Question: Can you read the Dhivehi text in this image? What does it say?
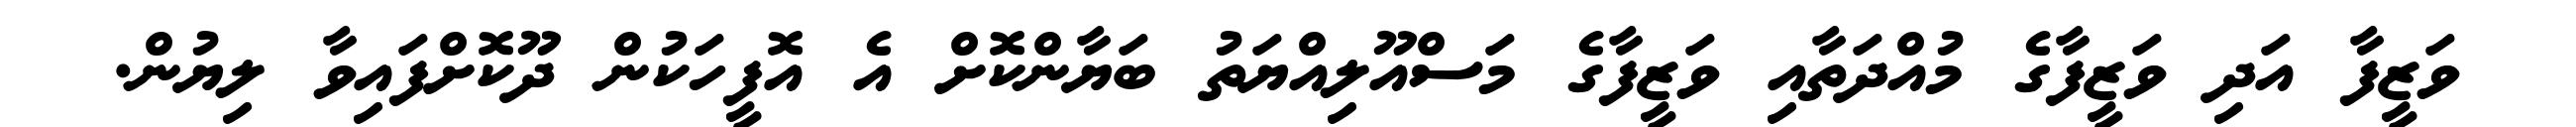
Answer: ވަޒީފާ އަދި ވަޒީފާގެ މުއްދަތާއި ވަޒީފާގެ މަސްއޫލިއްޔަތު ބަޔާންކޮށް އެ އޮފީހަކުން ދޫކޮށްފައިވާ ލިޔުން.